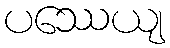
ပဿေယျ